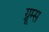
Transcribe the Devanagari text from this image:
ग्रूम्स